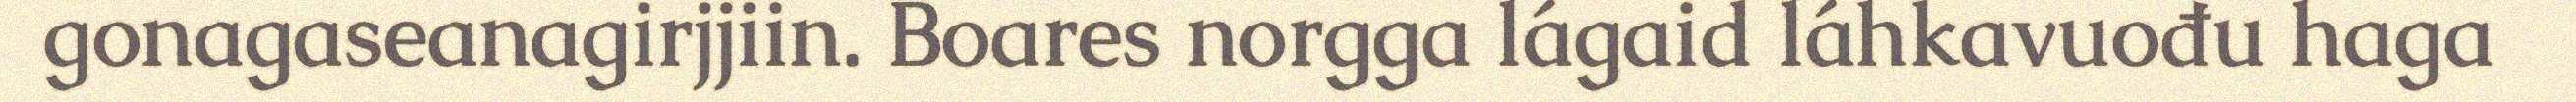
gonagaseanagirjjiin. Boares norgga lágaid láhkavuođu haga